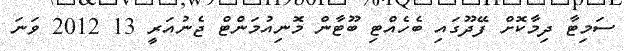
ސަމިޓާ ދިމާކޮށް ފޭދޫގައި ބެހެއްޓި ބޫޓާން މޮނިއުމަންޓް ޖެނުއަރީ 13 2012 ވަނަ